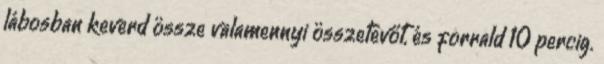
lábosban keverd össze valamennyi összetevőt, és forrald 10 percig.